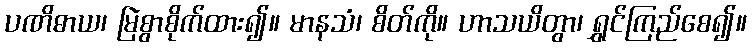
ပဏိဓာယ၊ မြဲစွာစိုက်ထား၍။ မာနသံ၊ စိတ်ကို။ ဟာသယိတွာ၊ ရွှင်ကြည်စေ၍။